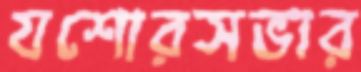
যশোরসভার